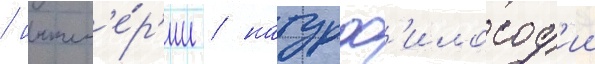
/ инжен'е́р'ии / натурф'илософ'ии